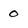
Character: 0